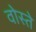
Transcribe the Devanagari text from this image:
वोस्ते